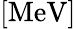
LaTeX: \mathrm{[MeV]}